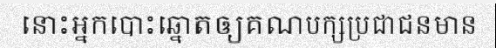
នោះអ្នកបោះឆ្នោតឲ្យគណបក្សប្រជាជនមាន